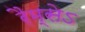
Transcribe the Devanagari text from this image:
रैम्सेऽ